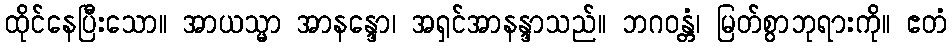
ထိုင်နေပြီးသော။ အာယသ္မာ အာနန္ဒော၊ အရှင်အာနန္ဒာသည်။ ဘဂဝန္တံ၊ မြတ်စွာဘုရားကို။ ဧတံ